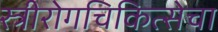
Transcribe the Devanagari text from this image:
स्त्रीरोगचिकित्सेचा